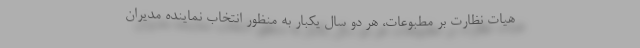
هیات نظارت بر مطبوعات، هر دو سال یکبار به منظور انتخاب نماینده مدیران